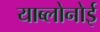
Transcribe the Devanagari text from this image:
याब्लोनोई